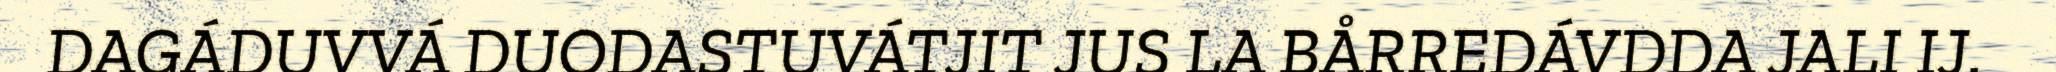
DAGÁDUVVÁ DUODASTUVÁTJIT JUS LA BÅRREDÁVDDA JALI IJ.